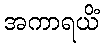
အကာရယိံ